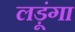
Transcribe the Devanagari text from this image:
लड़ूंगा